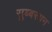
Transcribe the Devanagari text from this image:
सुब्बरयन